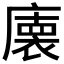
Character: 𭙾